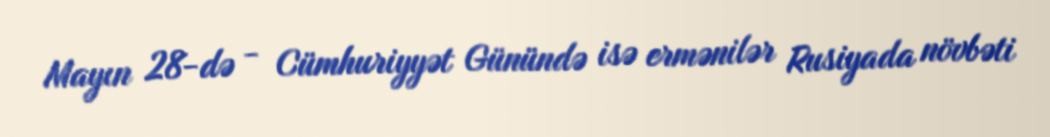
Mayın 28-də - Cümhuriyyət Günündə isə ermənilər Rusiyada növbəti